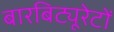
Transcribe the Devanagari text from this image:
बारबिट्यूरेटों